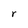
Character: r